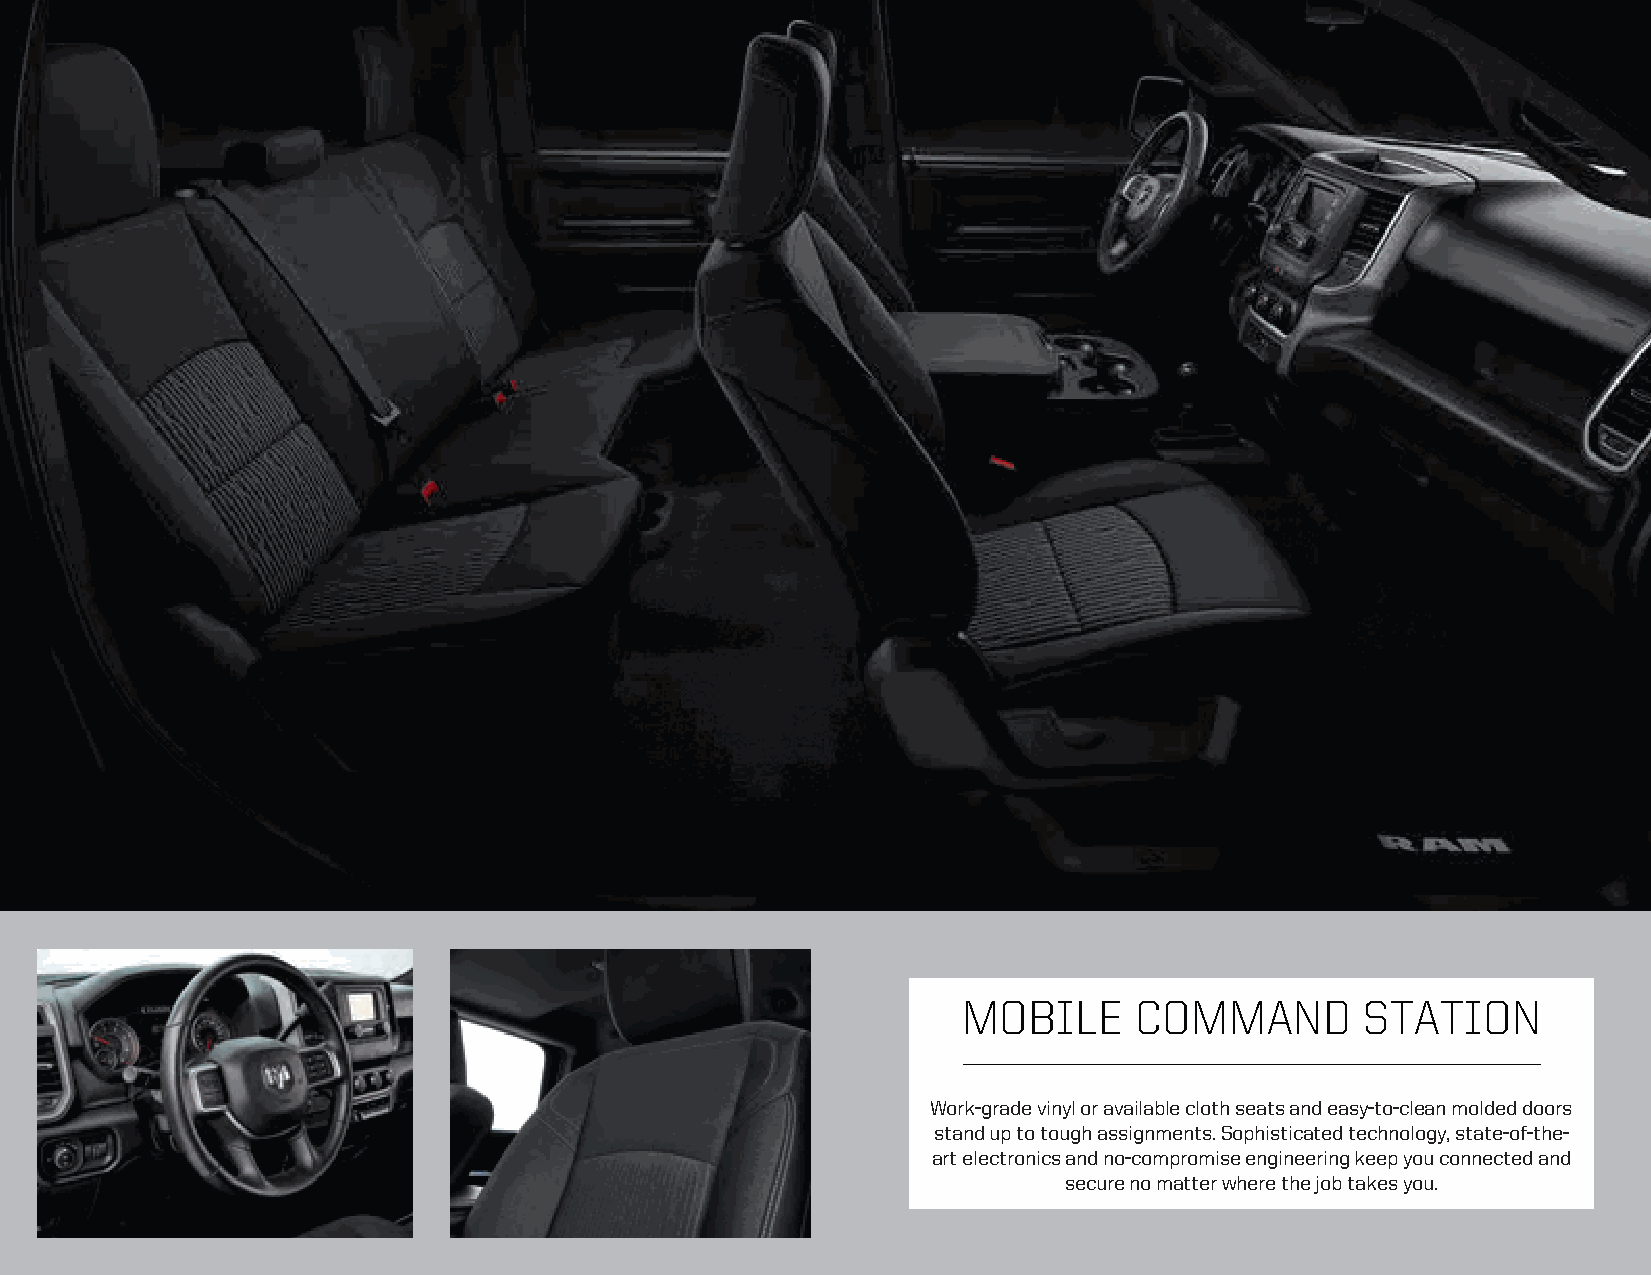
MOBILE     COMMAND        STATION
 Work-grade vinyl or available cloth seats and easy-to-clean molded doors
 stand up to tough assignments. Sophisticated technology, state-of-the-
 art electronics and no-compromise engineering keep you connected and
 secure no matter where the job takes you.